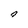
Character: o